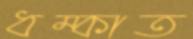
ধম্‌কাত